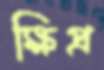
ক্ষিপ্র